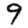
Digit: 9